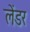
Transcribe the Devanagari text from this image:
लेंडर